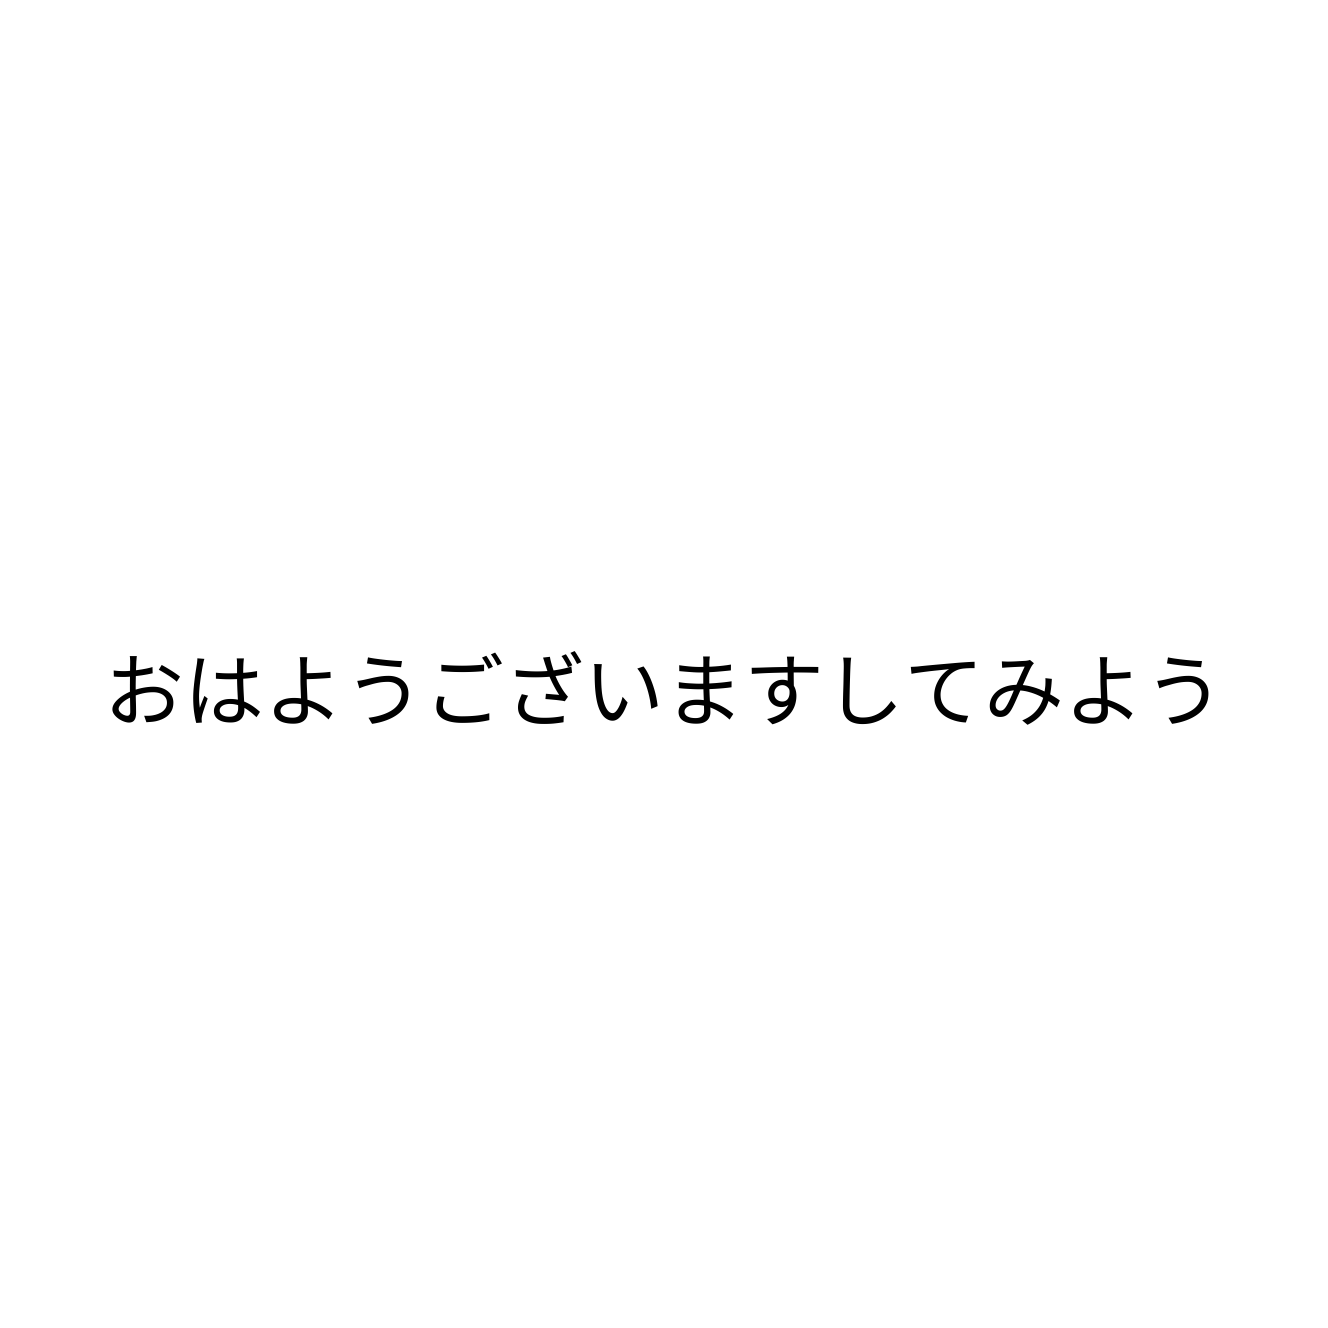
おはようございますしてみよう